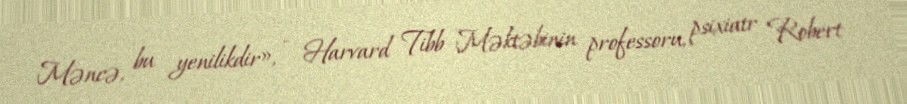
Məncə, bu yenilikdir», - Harvard Tibb Məktəbinin professoru, psixiatr Robert